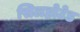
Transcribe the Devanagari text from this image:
सिलहोटेड